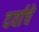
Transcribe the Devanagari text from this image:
दर्याचे